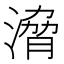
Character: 𣹩